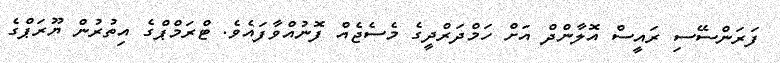
ފަރަންސޭސި ރައީސް އޮލާންދް އަށް ހަމްދަރްދީގެ މެސެޖެއް ފޮނުއްވާފައެވެ. ޓްރަމްޕްގެ އިތުރުން ޔޫރަޕްގެ